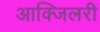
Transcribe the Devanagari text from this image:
आक्जिलरी